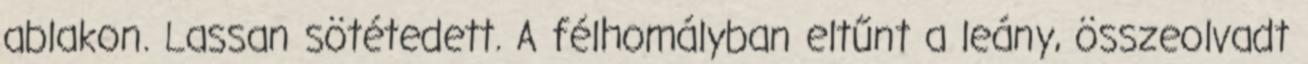
ablakon. Lassan sötétedett. A félhomályban eltűnt a leány, összeolvadt